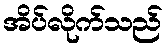
အိပ်လိုက်သည်